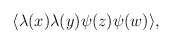
\begin{align*}\langle \lambda (x) \lambda (y) \psi (z) \psi (w) \rangle ,\end{align*}